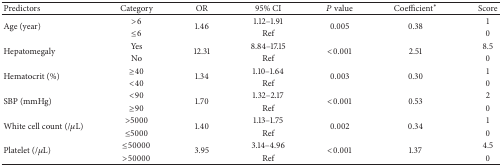
| Predictors | Category | OR | 95% CI | P value | Coefficient* | Score |
 | --- | --- | --- | --- | --- | --- | --- |
 | <ROWSPAN=2> Age (year) | >6 | <ROWSPAN=2> 1.46 | 1.12–1.91 | <ROWSPAN=2> 0.005 | <ROWSPAN=2> 0.38 | 1 |
 | ≤6 | Ref | 0 |
 | <ROWSPAN=2> Hepatomegaly | Yes | <ROWSPAN=2> 12.31 | 8.84–17.15 | <ROWSPAN=2> <0.001 | <ROWSPAN=2> 2.51 | 8.5 |
 | No | Ref | 0 |
 | <ROWSPAN=2> Hematocrit (%) | ≥40 | <ROWSPAN=2> 1.34 | 1.10–1.64 | <ROWSPAN=2> 0.003 | <ROWSPAN=2> 0.30 | 1 |
 | <40 | Ref | 0 |
 | <ROWSPAN=2> SBP (mmHg) | <90 | <ROWSPAN=2> 1.70 | 1.32–2.17 | <ROWSPAN=2> <0.001 | <ROWSPAN=2> 0.53 | 2 |
 | ≥90 | Ref | 0 |
 | <ROWSPAN=2> White cell count (/μL) | >5000 | <ROWSPAN=2> 1.40 | 1.13–1.75 | <ROWSPAN=2> 0.002 | <ROWSPAN=2> 0.34 | 1 |
 | ≤5000 | Ref | 0 |
 | <ROWSPAN=2> Platelet (/μL) | ≤50000 | <ROWSPAN=2> 3.95 | 3.14–4.96 | <ROWSPAN=2> <0.001 | <ROWSPAN=2> 1.37 | 4.5 |
 | >50000 | Ref | 0 |